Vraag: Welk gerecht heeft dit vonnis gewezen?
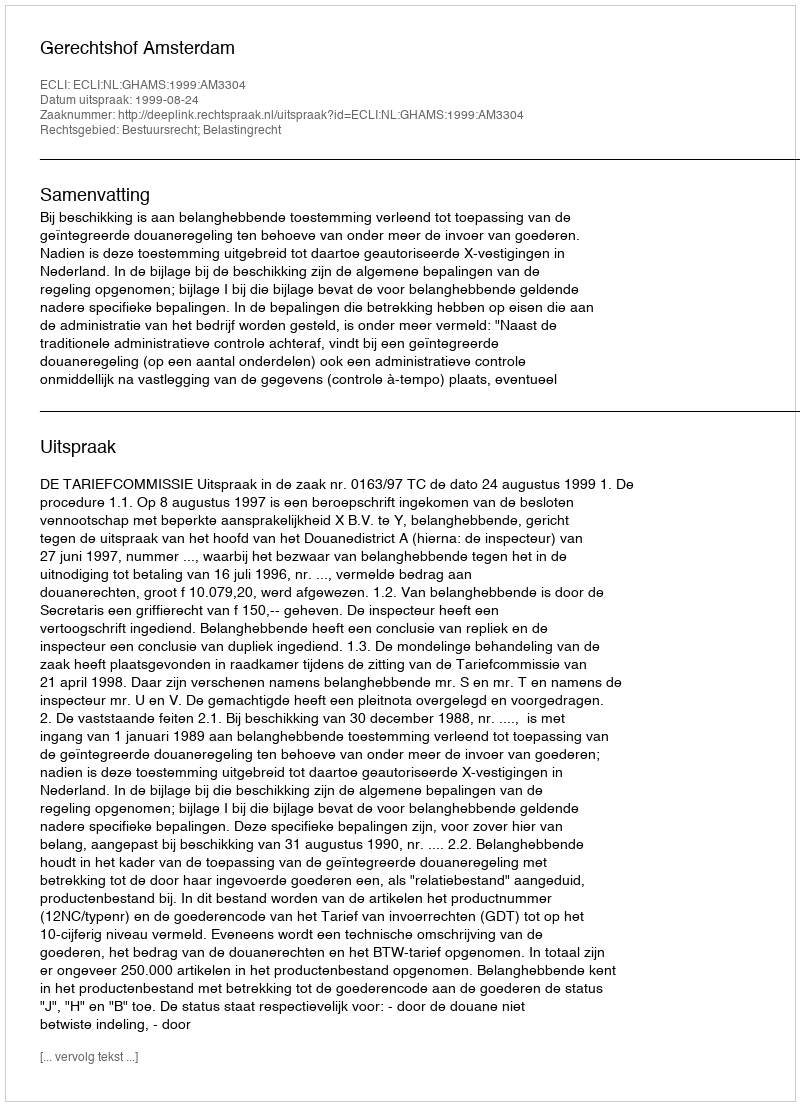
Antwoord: Gerechtshof Amsterdam